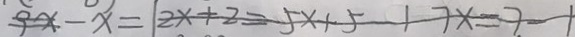
9 x - x = 1 2 x + 2 = 5 x + 5 - 1 7 x = 7 - 1